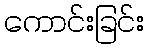
ကောင်းခြင်း